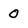
Character: 0